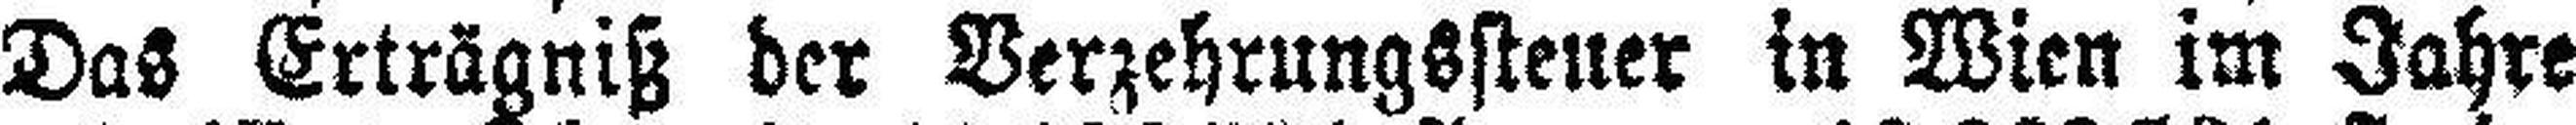
Das Erträgniß der Verzehrungssteuer in Wien im Jahre